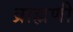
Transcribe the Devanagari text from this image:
व्राह्मणी